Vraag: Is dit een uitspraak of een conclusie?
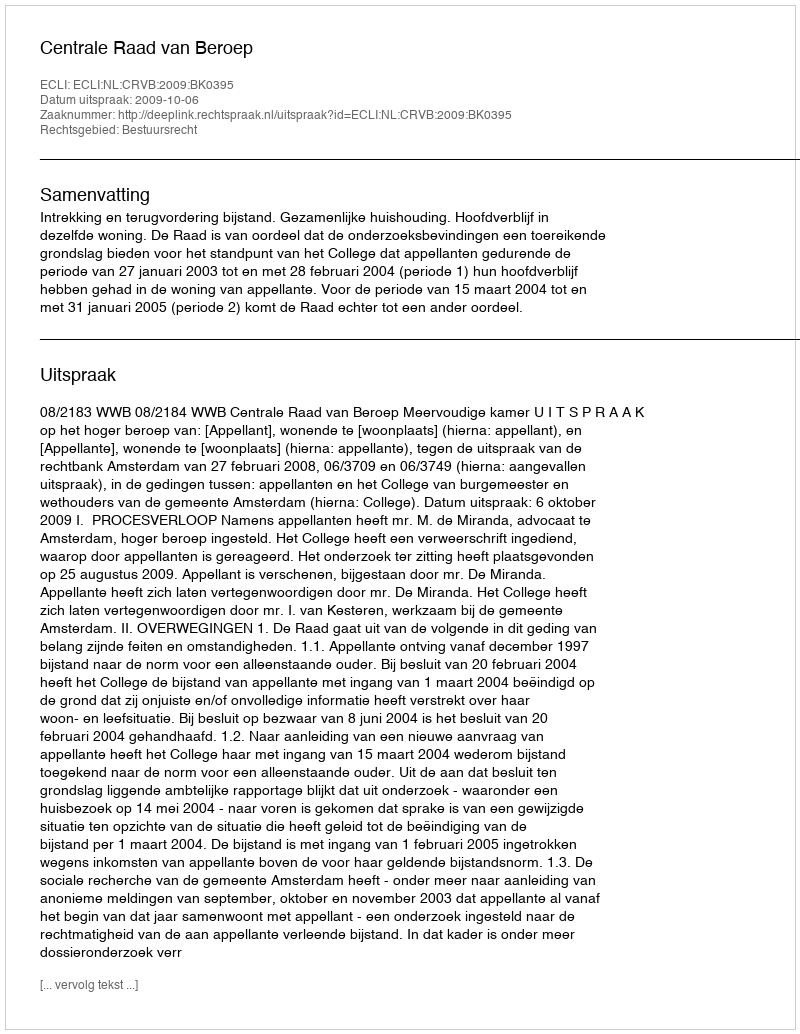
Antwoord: Uitspraak